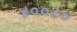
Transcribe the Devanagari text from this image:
४००८०